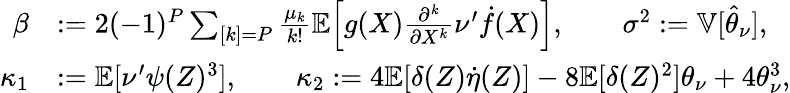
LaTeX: \begin{array}{rl}{\beta}&{:=2(-1)^{P}\sum_{[k]=P}\frac{\mu_{k}}{k!}\mathbb{E}\Big[g(X)\frac{\partial^{k}}{\partial X^{k}}\nu^{\prime}\dot{f}(X)\Big],\qquad\sigma^{2}:=\mathbb{V}[\widehat{\theta}_{\nu}],}\\ {\kappa_{1}}&{:=\mathbb{E}[\nu^{\prime}\psi(Z)^{3}],\qquad\kappa_{2}:=4\mathbb{E}[\delta(Z)\dot{\eta}(Z)]-8\mathbb{E}[\delta(Z)^{2}]\theta_{\nu}+4\theta_{\nu}^{3},}\end{array}